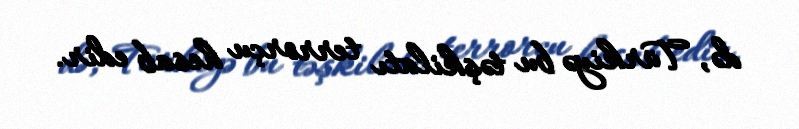
də, Türkiyə bu təşkilatı terrorçu hesab edir.